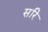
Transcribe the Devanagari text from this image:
सरि